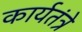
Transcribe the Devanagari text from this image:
कार्यतंत्रे